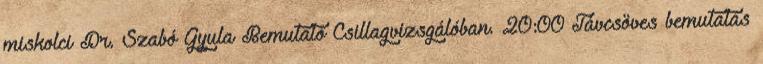
miskolci Dr. Szabó Gyula Bemutató Csillagvizsgálóban. 20:00 Távcsöves bemutatás